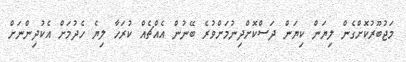
މަޖުބޫރުކޮށްގެން ލިޔަން ކިޔަން ދަސްކޮށްދިނުމަށްވުރެ ބޭނުން އެއްޗެއް ކުރަހާ ލިޔެ ހެދުމަށް އެކުދިންނަށް